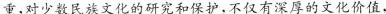
重,对少数民族文化的研究和保护，不仅有深厚的文化价值